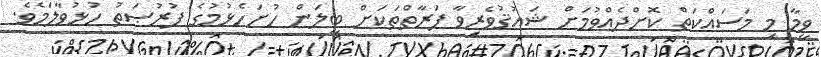
ވީމާ މި މަސައްކަތް ކޮށްދެއްވުމަށް ޝައުޤުވެރިވާ ފަރާތްތަކަށް ބީލަން ހުށަހެޅުމުގެ ފުރުޞަތު ހުޅުވާލަމެވެ.